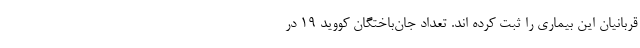
قربانیان این بیماری را ثبت کرده اند. تعداد جان‌باختگان کووید ۱۹ در